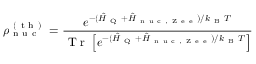
\rho _ { \mathrm { ~ n ~ u ~ c ~ } } ^ { \mathrm { ~ ( ~ t ~ h ~ ) ~ } } = \frac { e ^ { - ( \hat { H } _ { \mathrm { ~ Q ~ } } + \hat { H } _ { \mathrm { ~ n ~ u ~ c ~ , ~ Z ~ e ~ e ~ } } ) / k _ { \mathrm { ~ B ~ } } T } } { \mathrm { ~ T ~ r ~ } \left[ e ^ { - ( \hat { H } _ { \mathrm { ~ Q ~ } } + \hat { H } _ { \mathrm { ~ n ~ u ~ c ~ , ~ Z ~ e ~ e ~ } } ) / k _ { \mathrm { ~ B ~ } } T } \right] }